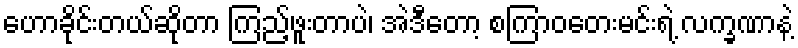
ဟောခိုင်းတယ်ဆိုတာ ကြည့်ဖူးတာပဲ၊ အဲဒီတော့ စကြာဝတေးမင်းရဲ့ လက္ခဏာနဲ့